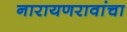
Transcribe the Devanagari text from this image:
नारायणरावांचा